Report of cholera committee
Disease focus: Cholera
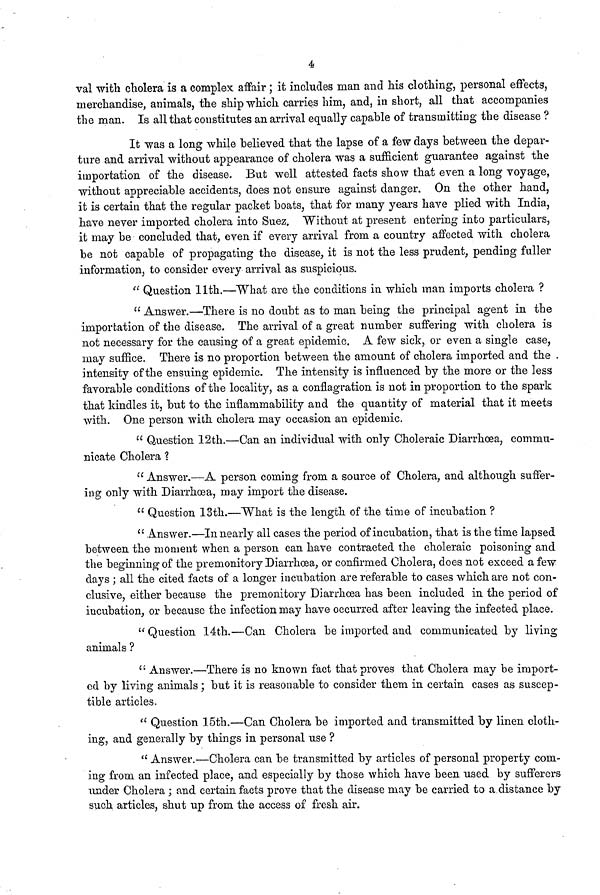
4
val with cholera is a complex affair ; it includes man and his clothing, personal effects,
merchandise, animals, the ship which carries him, and, in short, all that accompanies
the man. Is all that constitutes an arrival equally capable of transmitting the disease ?
It was a long while believed that the lapse of a few days between the depar-
ture and arrival without appearance of cholera was a sufficient guarantee against the
importation of the disease. But well attested facts show that even a. long voyage,
without appreciable accidents, does not ensure against danger. On the other hand,
it is certain that the regular packet boats, that for many years have plied with India,
have never imported cholera into Suez. Without at present entering into particulars,
it may be concluded that, even if every arrival from a country affected with cholera
be not capable of propagating the disease, it is not the less prudent, pending fuller
information, to consider every arrival as suspicious.
" Question 11th.—What are the conditions in which man imports cholera ?
" Answer.—There is no doubt as to man being the principal agent in the
importation of the disease. The arrival of a great number suffering with cholera is
not necessary for the causing of a great epidemic. A few sick, or even a single case,
may suffice. There is no proportion between the amount of cholera imported and the
intensity of the ensuing epidemic. The intensity is influenced by the more or the less
favorable conditions of the locality, as a conflagration is not in proportion to the spark
that kindles it, but to the inflammability and the quantity of material that it meets
with. One person with cholera may occasion an epidemic.
" Question 12th.—Can an individual with only Choleraic Diarrhoea, commu-
nicate Cholera ?
" Answer.—A person coming from a source of Cholera, and although suffer-
ing only with Diarrhoea, may import the disease.
" Question 13th.—What is the length of the time of incubation ?
" Answer.—In nearly all cases the period of incubation, that is the time lapsed
between the moment when a person can have contracted the choleraic poisoning and
the beginning of the premonitory Diarrhoea, or confirmed Cholera, does not exceed a few
days ; all the cited facts of a longer incubation are referable to cases which are not con-
clusive, either because the premonitory Diarrhoea has been included in the period of
incubation, or because the infection may have occurred after leaving the infected place.
"Question 14th.—Can Cholera be imported and communicated by living
animals ?
" Answer.—There is no known fact that proves that Cholera may be import-
ed by living animals ; but it is reasonable to consider them in certain cases as suscep-
tible articles.
" Question 15th.—Can Cholera be imported and transmitted by linen cloth-
ing, and generally by things in personal use ?
" Answer.—Cholera can be transmitted by articles of personal property com-
ing from an infected place, and especially by those which have been used by sufferers
under Cholera ; and certain facts prove that the disease may be carried to a distance by
such articles, shut up from the access of fresh air.